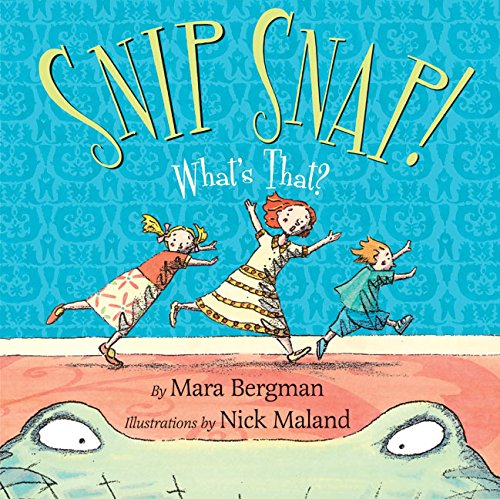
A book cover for Snip Snap!: What's That?; Mara Bergman; Children's Books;